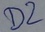
Text: D2